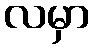
လမှာ